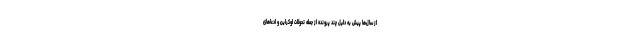
از سال‌ها پیش به دلیل چند پرونده از جمله تحولات اوکراین و ادعاهای